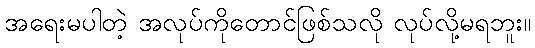
အရေးမပါတဲ့ အလုပ်ကိုတောင်ဖြစ်သလို လုပ်လို့မရဘူး။